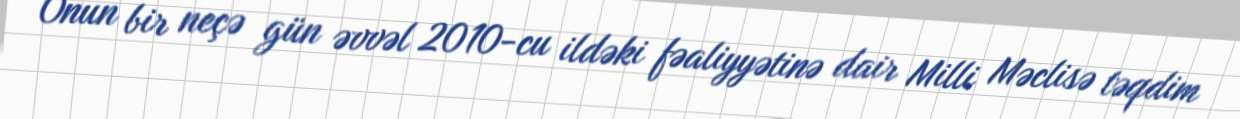
Onun bir neçə gün əvvəl 2010-cu ildəki fəaliyyətinə dair Milli Məclisə təqdim